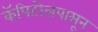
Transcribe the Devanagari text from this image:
कॅपिटोलपासून